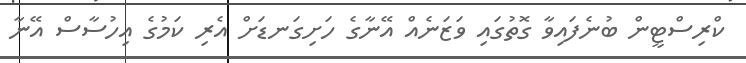
ކްރިސްޓީން ބުނެފައިވާ ގޮތުގައި ވަޒަނެއް އޭނާގެ ހަށިގަނޑަށް އެރި ކަމުގެ އިހުސާސް އޭނާ